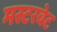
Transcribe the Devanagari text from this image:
मस्टरबेट